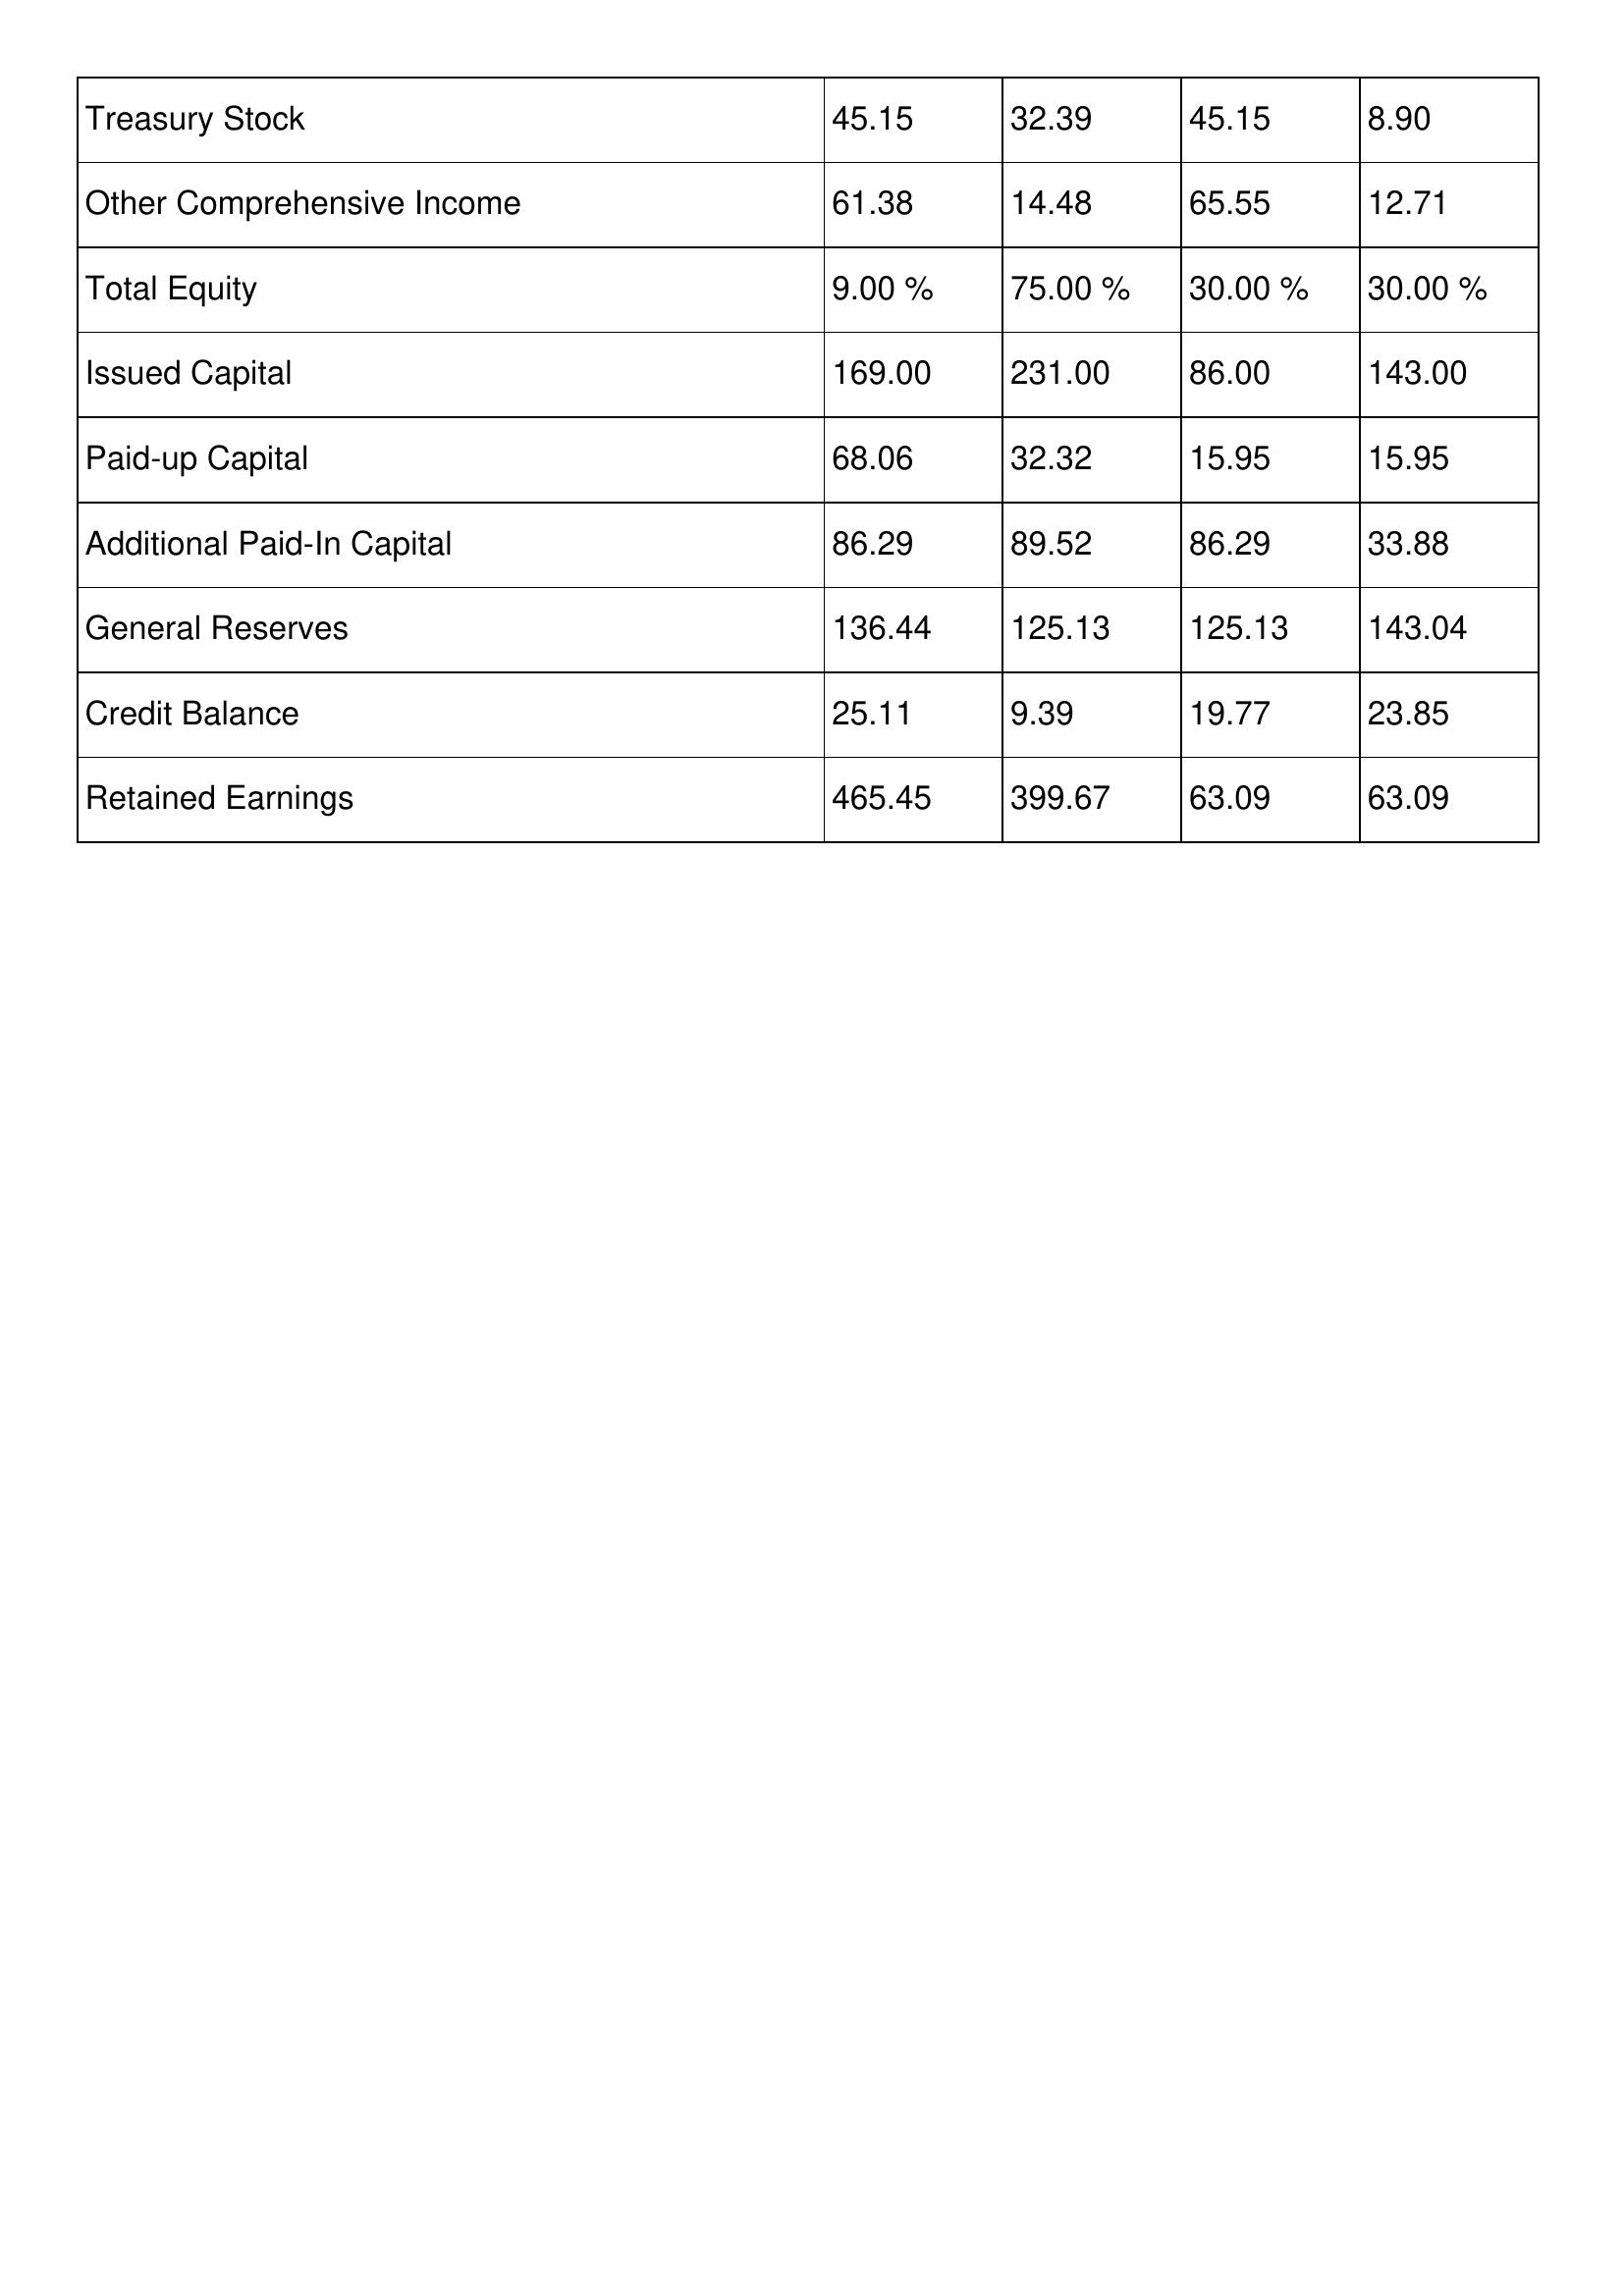
gt_parse: 2008: Treasury Stock: 45.15
Other Comprehensive Income: 61.38
Total Equity: 9.00 %
Issued Capital: 169.00
Paid-up Capital: 68.06
Additional Paid-In Capital: 86.29
General Reserves: 136.44
Credit Balance: 25.11
Retained Earnings: 465.45
2007: Treasury Stock: 32.39
Other Comprehensive Income: 14.48
Total Equity: 75.00 %
Issued Capital: 231.00
Paid-up Capital: 32.32
Additional Paid-In Capital: 89.52
General Reserves: 125.13
Credit Balance: 9.39
Retained Earnings: 399.67
2006: Treasury Stock: 45.15
Other Comprehensive Income: 65.55
Total Equity: 30.00 %
Issued Capital: 86.00
Paid-up Capital: 15.95
Additional Paid-In Capital: 86.29
General Reserves: 125.13
Credit Balance: 19.77
Retained Earnings: 63.09
2005: Treasury Stock: 8.90
Other Comprehensive Income: 12.71
Total Equity: 30.00 %
Issued Capital: 143.00
Paid-up Capital: 15.95
Additional Paid-In Capital: 33.88
General Reserves: 143.04
Credit Balance: 23.85
Retained Earnings: 63.09